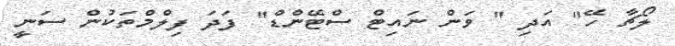
ލޯޗާ ހޭ" އަދި " ވަން ނައިޓް ސްޓޭންޑް" ފަދަ ފިލްމްތަކުން ސަނީ